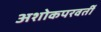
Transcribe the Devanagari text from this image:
अशोकपरवर्ती